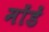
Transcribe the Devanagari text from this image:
मोंडें